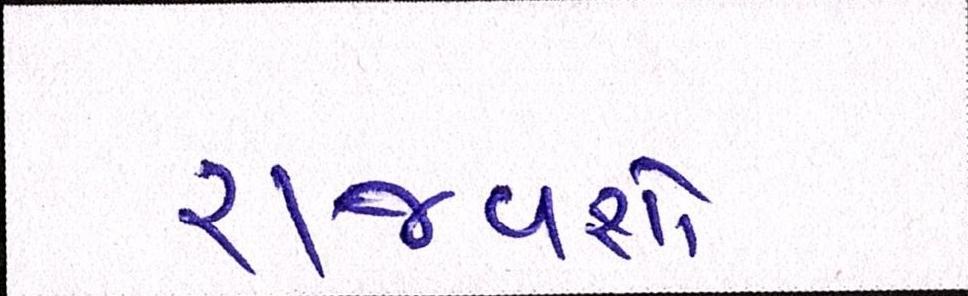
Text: રાજવંશો